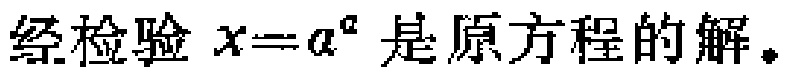
经检验 \(x = a^{a}\) 是原方程的解。